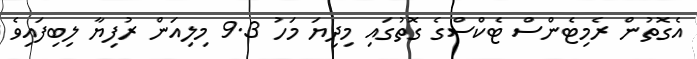
އެގޮތުން ރެމިޓެންސް ޓެކްސްގެ ގޮތުގައި މިދިޔަ މަހު 9.3 މިލިއަން ރުފިޔާ ލިބިފައިވެ